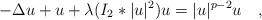
LaTeX: \begin{align*} -\Delta u + u+\lambda(I_{2}*|u|^2)u=|u|^{p-2}u\quad,\end{align*}